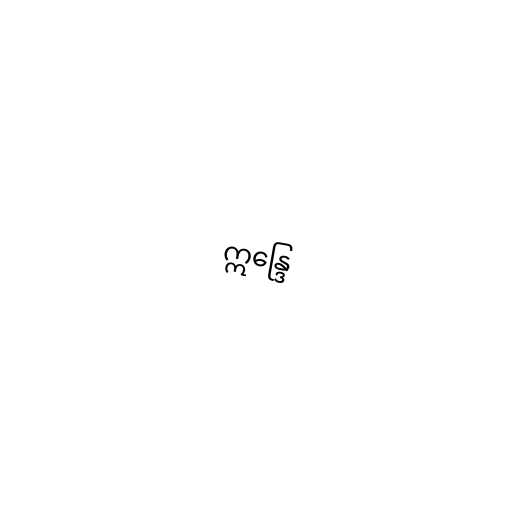
ဣန္ဒြေ